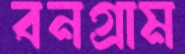
বনগ্রাম